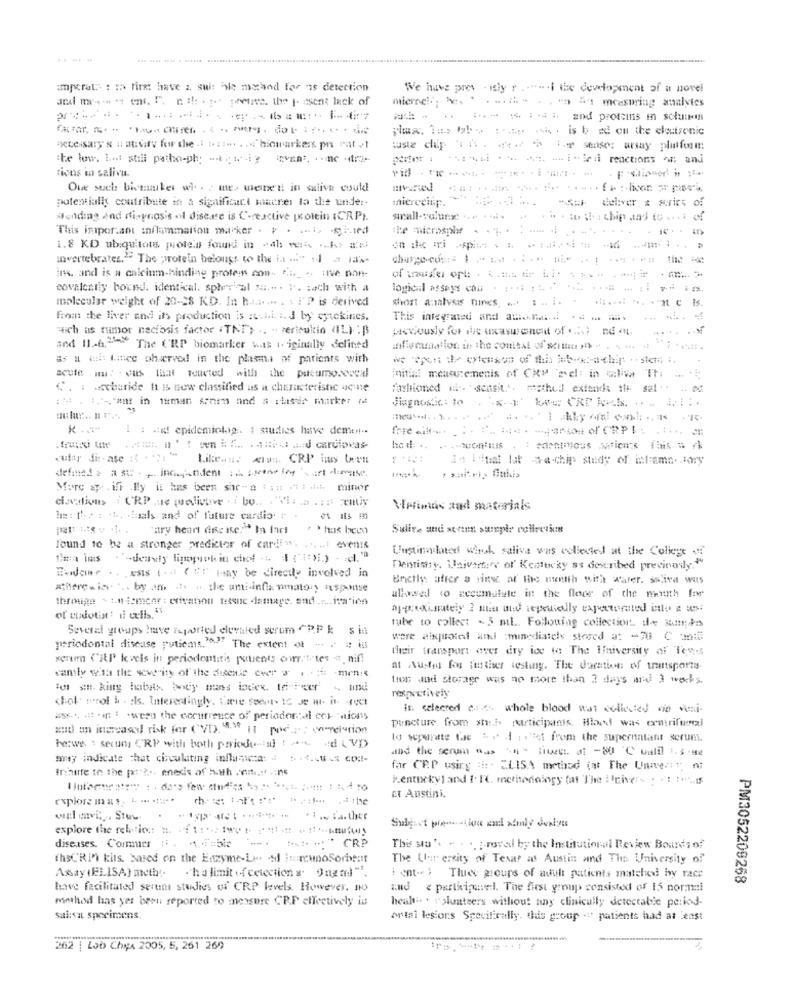
.....
amperal: : to first have a. sui: ble method for is detection
We have pres - ily r . -.. . i the development of a novel
and mesmo ms. I. na: . preise the yo esent lack of
mierel .. . . . .. .. .
------
and proteins in solukden
pas. 1:> tab > [. .. is bad ou the electronic
Hecessary's ii ativ for the .. ..... ... "biomarker pni rat vt
the low. i ...: shill patho-ph; .. . wig
-- i tiril reactions ~; and
tions in saliva.
Oue such bicmaker wi. . . me. menwe'll in sulive could
potentially contribute in a significant macher la the under-
mierceisp.
deliver s surirs of
Sending and di-pras's « disease is C-reactive protein (CRPI.
This important inflammation marker . y . .... $tied
1.8 KD ubiquitous protein found in "als mit ... k> #'s:
invertebrates."" The pwrotein belongs to the ia ... " il a la's
ins. and is a calcium-binding protein con- " ... .. : Ive non-
covalently bound. identical, spherical mi .. . P. : ach with a
molecular weight of 20-28 KD. In ha ... ... . . I'? is derived
short analves nincs. ... :.. .. ... .. at is
From: the liver and its production is :cul. I. d by cytokines.
This integrated and anche ... .- - --
sich as tumor necrosis factor (TNT; .. . rericukin (IL) :p
Howously for ine uxcaswonenit of .2 nd L
... ...
and 11 .- 6." The U'RP biomarker was 1. iginally delintd
inflammation in the contest of $ !!! . . . ..
as a mi tee pharved in the plasma of patients with
acute mu: . us that Touted with the pikeumo.vocal
initial mouturemenis of CRM ed: in ali Th: ... ..
C. : accharide It is now classified us a characteristic qcine
fashioned i ... schsitt. mythed extends the sal . . .. .
diagnostic: 10 1 kAC CRP RUS. .. A ...
cuiar di :- ase :{ ": "
Like ... .. CRP ins teen
14 Ital lut a-chip study of int:amn. tory
defined a a sur- , inceandent ( scene for "sirt duras.
More ap . iff .Wly it has been shr- a : ::: ": d minor
elevations i CRP aie volivive Do WITH
Verimds and materials
he : the : che .huals and of future cardio. . . es its m
lound to be a stronger predictor of cards. ... ..: events
Unstinghated wirch saliva was collected at the College
Dentistry, Univerterv of' Kentucky as described preciosly."
Budeme . . Esist.4 ( """ may be directly involved in
Bnctly: after a ring af the mentth with Water. Seiva was
xtherew in. .. by an . .. the anti-inflammatory wspomnise
through - to semear : erivanou tessuc damage, and ..... iva"inn
aliased to accumulate in the floor of the meuth før
of endoti! il cells. it
tube to collect - 5 ml .. Following collection de Bumpers
Several groups have reported elevated scrum CPP k sia
were aixquoted ani ;minediately stored a: - 70 C anti
periodontal disease puticms.""" The extent of - > # iu
their transport aver dry ice to The Ilniversity af Tens
xenmm ("IP kveis in periodontitis patients owr. ! "tes a. nif!
at Austin for further testing. The duration of transports
camly with the severity of the dhsenit ever . . . i -men :.
tion and storage was no more than 2 days and 3 works.
respectively
in. selecred cats whole blood was collected sie veni-
ass .. . . . . weon the corurrence of' periodersti ces ions
puncture from shi participants. Hlad was ormtrifunci
and an increased risk for (VT), 830 11 por . ; condition
to separate Ce 6 . 4 : "lef from the supernatant serun.
herwn s secon CRP with both periodontal diVD
and the seruma was - litett. di -80 ℃ walil 1.3-92
smsy indicate that circulating inflamca: # # .4.44 . COM !-
tribute to the past" ?... enexis of hath .ant ..: f .; n5
far CP.P using :# :. E.LISA method (at The Unnenit; n;
P.enticky) and 1. FC. incrhonnings (at The rivers : 1 5
explore mas. . ... .;;;. .
Et Austini.
wal cavi :,, Stuw
explore the reblics: ". . . 1 :... 1WV !.
Subject pigmentlow end amly dealeu
diseases. Commer :. . . . F =512
CRP
The sta'. . . ..;- roved by the Institutional Review Boards of
thsC'Rin kits. based on the Enzyme-Le. od inireunoSorbent
The Car ersity of Texas at Austin and The University of
Axay (ELISA) meth :-
. ha limit of celection a Ong ml".
i ent- )
Thues groups of adult patients matched hy race
PM3052209268
have facilitated serum studies of CRP levels. However. 10
and e participaveel. The first group consisted of 15 normmi
method has yer beru reported to measure CP.P effectively is
healt .. . volunteers without any clinicully detectable period-
salat specimens.
Antal lesions Specifically. this group ... patients had at Least
262 | Lob Ches 2005, 5, 251 269